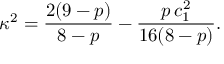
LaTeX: \kappa ^ { 2 } = \frac { 2 ( 9 - p ) } { 8 - p } - \frac { p \, c _ { 1 } ^ { 2 } } { 1 6 ( 8 - p ) } .